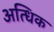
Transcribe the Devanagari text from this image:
अत्धिक